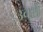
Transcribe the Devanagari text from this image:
उवसे